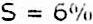
S = 6%